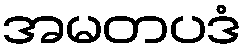
အမတပဒံ